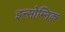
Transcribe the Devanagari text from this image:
इन्सोम्निक